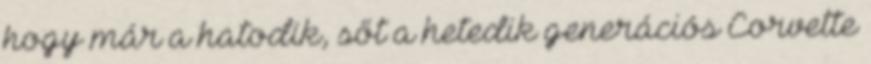
hogy már a hatodik, sőt a hetedik generációs Corvette